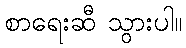
စာရေးဆီ သွားပါ။